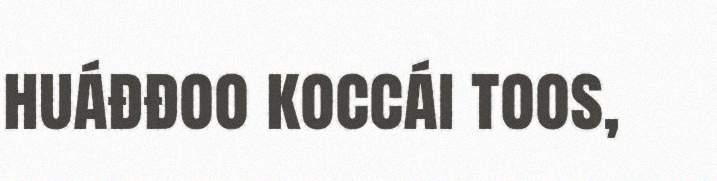
huáđđoo koccái toos,